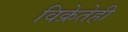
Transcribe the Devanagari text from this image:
विक्रेतेही